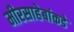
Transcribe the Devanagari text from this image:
मीरसाहेबांकडे